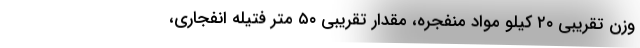
وزن تقریبی ۲۰ کیلو مواد منفجره، مقدار تقریبی ۵۰ متر فتیله انفجاری،